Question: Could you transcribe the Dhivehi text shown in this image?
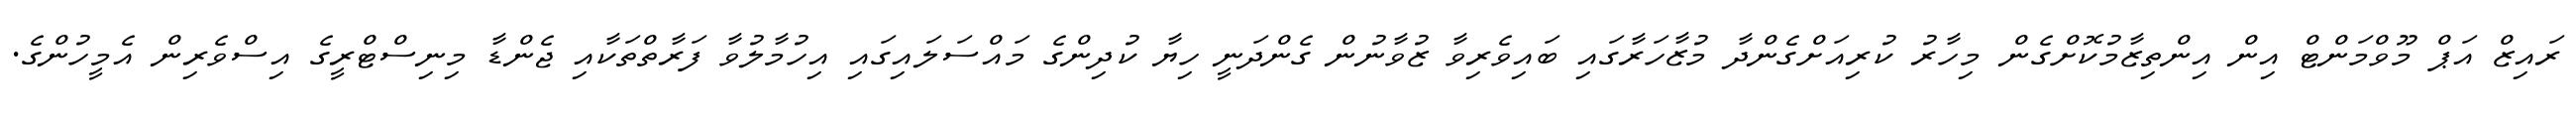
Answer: ރައިޒް އަޕް މޫވްމަންޓް އިން އިންތިޒާމުކޮށްގެން މިހާރު ކުރިއަށްގެންދާ މުޒާހަރާގައި ބައިވެރިވާ ޒުވާނުން ގެންދަނީ ހިޔާ ކުދިންގެ މައްސަލައިގައި އިހުމާލުވާ ފަރާތްތަކާއި ޖެންޑާ މިނިސްޓްރީގެ އިސްވެރިން އެމީހުންގެ.